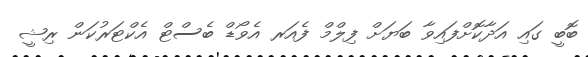
ބޮބީ ގައި އަދާކޮށްފައިވާ ބަޔަށް ފިލްމް ފެއަރ އެވޯޑް ބެސްޓް އެކްޓަރުކަން ރިޝީ